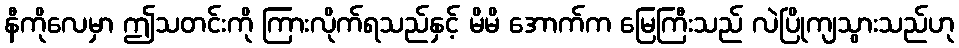
နီကိုလေမှာ ဤသတင်းကို ကြားလိုက်ရသည်နှင့် မိမိ အောက်က မြေကြီးသည် လဲပြိုကျသွားသည်ဟု